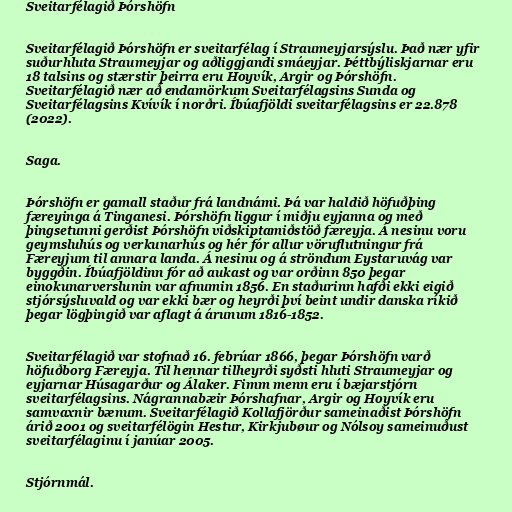
Sveitarfélagið Þórshöfn

Sveitarfélagið Þórshöfn er sveitarfélag í Straumeyjarsýslu. Það nær yfir
suðurhluta Straumeyjar og aðliggjandi smáeyjar. Þéttbýliskjarnar eru
18 talsins og stærstir þeirra eru Hoyvík, Argir og Þórshöfn.
Sveitarfélagið nær að endamörkum Sveitarfélagsins Sunda og
Sveitarfélagsins Kvívík í norðri. Íbúafjöldi sveitarfélagsins er 22.878
(2022).

Saga.

Þórshöfn er gamall staður frá landnámi. Þá var haldið höfuðþing
færeyinga á Tinganesi. Þórshöfn liggur í miðju eyjanna og með
þingsetunni gerðist Þórshöfn viðskiptamiðstöð færeyja. Á nesinu voru
geymsluhús og verkunarhús og hér fór allur vöruflutningur frá
Færeyjum til annara landa. Á nesinu og á ströndum Eystaruvág var
byggðin. Íbúafjöldinn fór að aukast og var orðinn 850 þegar
einokunarverslunin var afnumin 1856. En staðurinn hafði ekki eigið
stjórsýsluvald og var ekki bær og heyrði því beint undir danska ríkið
þegar lögþingið var aflagt á árunum 1816-1852.

Sveitarfélagið var stofnað 16. febrúar 1866, þegar Þórshöfn varð
höfuðborg Færeyja. Til hennar tilheyrði syðsti hluti Straumeyjar og
eyjarnar Húsagarður og Álaker. Fimm menn eru í bæjarstjórn
sveitarfélagsins. Nágrannabæir Þórshafnar, Argir og Hoyvík eru
samvaxnir bænum. Sveitarfélagið Kollafjörður sameinaðist Þórshöfn
árið 2001 og sveitarfélögin Hestur, Kirkjubøur og Nólsoy sameinuðust
sveitarfélaginu í janúar 2005.

Stjórnmál.